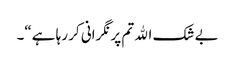
بے شک الله تم پر نگرانی کر رہا ہے“۔